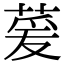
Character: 萲